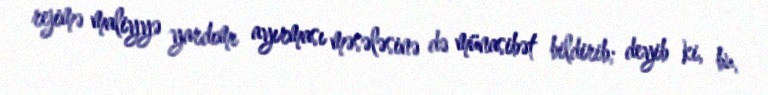
rejimə maliyyə yardımı ayırması məsələsinə də münasibət bildirib; deyib ki, bu,